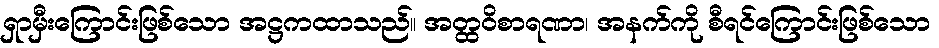
ရှာမှီးကြောင်းဖြစ်သော အဋ္ဌကထာသည်။ အတ္ထဝိစာရဏာ၊ အနက်ကို စီရင်ကြောင်းဖြစ်သော